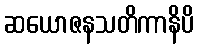
ဆယောဇနသတိကာနိပိ